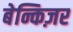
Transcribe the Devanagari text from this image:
बेन्किज़र